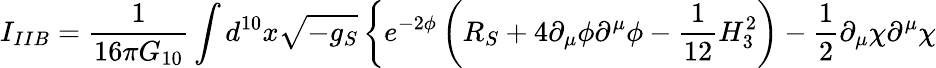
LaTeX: I_{IIB}={\frac{1}{16\pi G_{10}}}\int d^{10}x\sqrt{-g_{S}}\left\{ e^{-2\phi}\left(R_{S}+4\partial_{\mu}\phi\partial^{\mu}\phi-{\frac{1}{12}}H_{3}^{2}\right)-{\frac{1}{2}}\partial_{\mu}\chi\partial^{\mu}\chi\right.